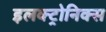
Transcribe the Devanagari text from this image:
इलक्ट्रोनिक्स